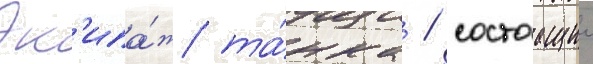
Эк'ипа́ж та́нка / состоащии